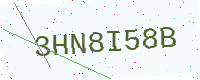
Text: 3HN8I58B